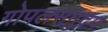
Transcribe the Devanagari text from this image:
गोपलसमुद्रम